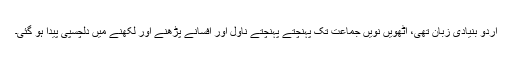
اردو بنیادی زبان تھی، آٹھویں نویں جماعت تک پہنچتے پہنچتے ناول اور افسانے پڑھنے اور لکھنے میں دلچسپی پیدا ہو گئی۔